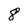
Character: 8